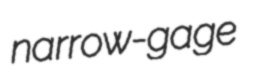
narrow-gage